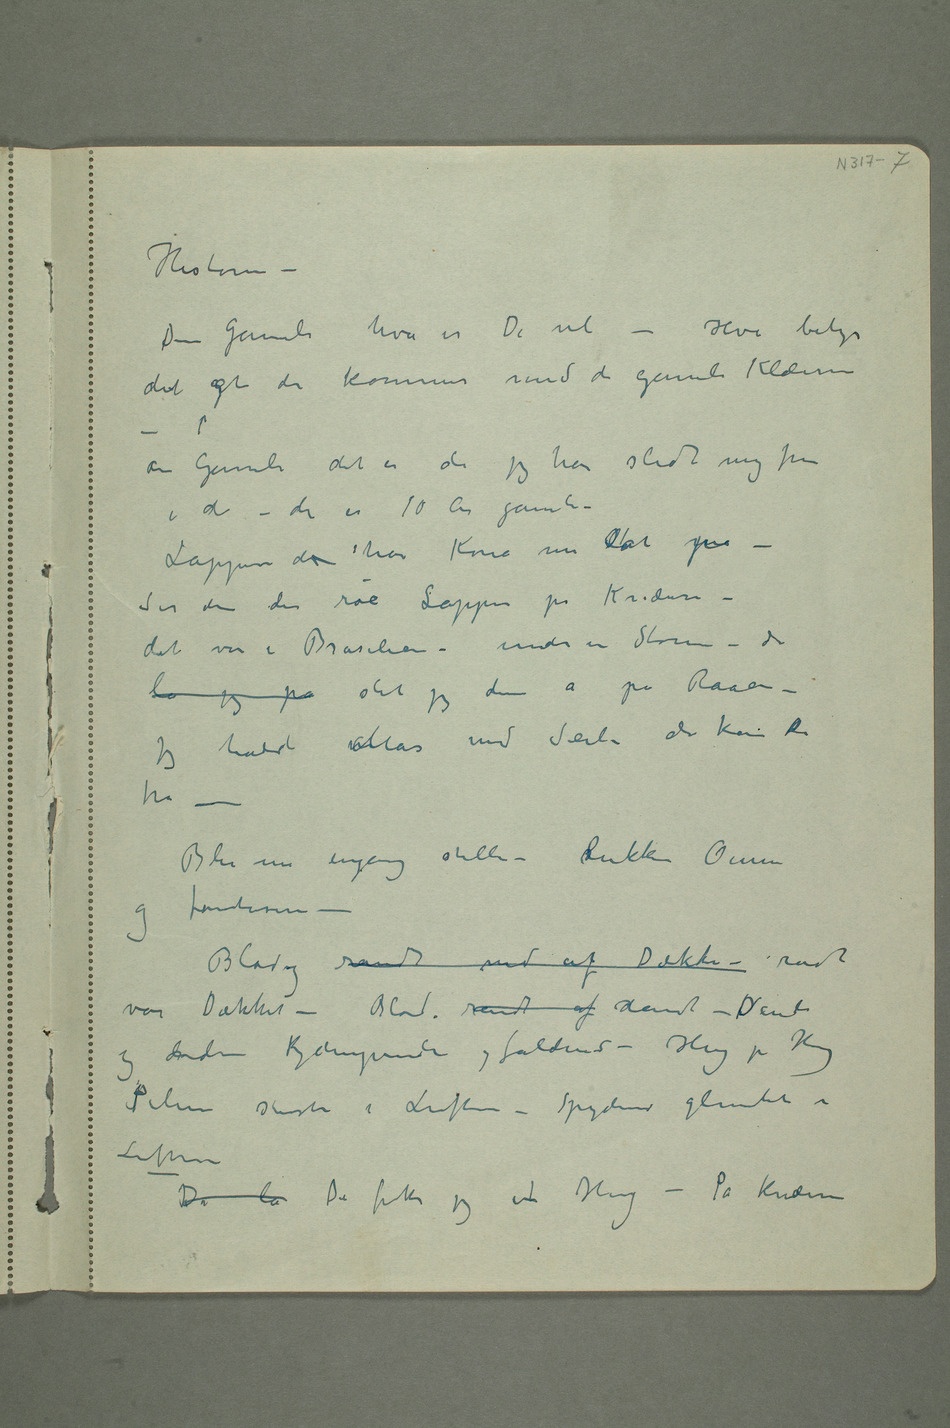
– Den
gamle
er De vel –
det gat de kommer med de
– Den
er
de jeg
har slidt mig frem
i de –
de er
der
har
Kona mi sat
på –
Ser de
den røe
– det var
i Brasilien – under en Storm –
slet jeg den a
havde Mas med Seile der
tro – Bli nu engang stille –
randt
var
Pilene
suste i
– Da la Da